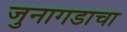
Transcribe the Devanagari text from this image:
जुनागडाचा